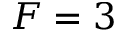
F = 3